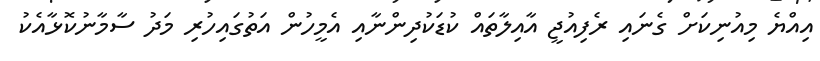
އިއްޔެ މިއުނިކަށް ގެނައި ރެފިއުޖީ އާއިލާތައް ކުޑަކުދިންނާއި އެމީހުން އަތުގައިހުރި މަދު ސާމާނުކޮޅާއެކު